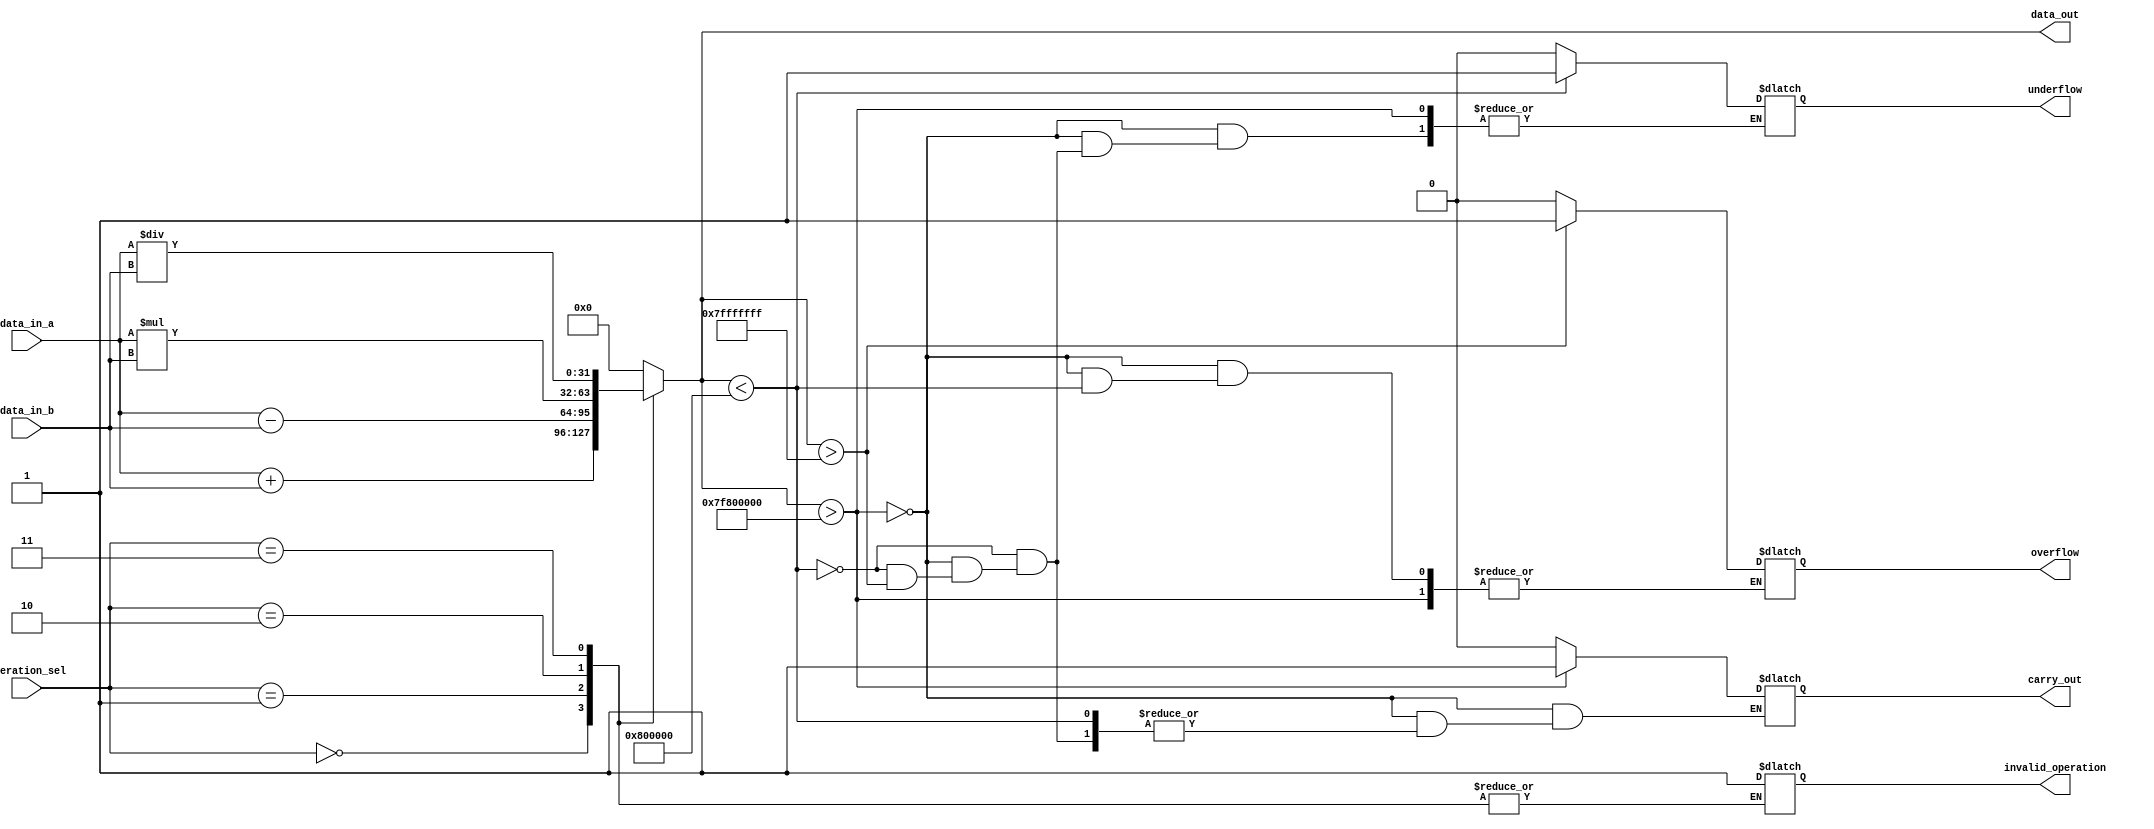
module single_precision_float_unit (
    input wire [31:0] data_in_a,
    input wire [31:0] data_in_b,
    input wire [2:0] operation_sel,
    output reg [31:0] data_out,
    output reg carry_out,
    output reg overflow,
    output reg underflow,
    output reg invalid_operation
);

reg [31:0] internal_data_a;
reg [31:0] internal_data_b;

always @(*) begin
    internal_data_a = data_in_a;
    internal_data_b = data_in_b;
end

always @(*) begin
    case(operation_sel)
        3'b000: data_out = internal_data_a + internal_data_b; // Addition
        3'b001: data_out = internal_data_a - internal_data_b; // Subtraction
        3'b010: data_out = internal_data_a * internal_data_b; // Multiplication
        3'b011: data_out = internal_data_a / internal_data_b; // Division
        default: begin
                     data_out = 32'd0;
                     invalid_operation = 1;
                 end
    endcase
end

always @(data_out) begin
    if(data_out > 32'h7F800000) begin
        carry_out = 1;
    end else if(data_out < 32'h00800000) begin
        underflow = 1;
    end else if(data_out > 32'h7FFFFFFF) begin
        overflow = 1;
    end else begin
        carry_out = 0;
        underflow = 0;
        overflow = 0;
    end
end

endmodule